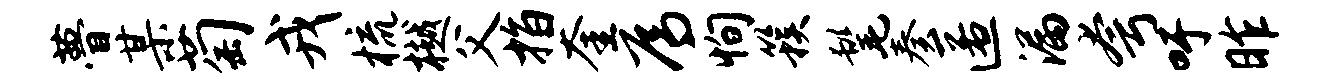
瞢某萄戎梳樾父指奎焉恂簇髦奏匿漏夸吁昨